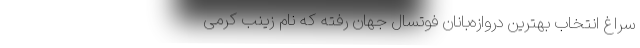
سراغ انتخاب بهترین دروازه‌بانان فوتسال جهان رفته که نام زینب کرمی